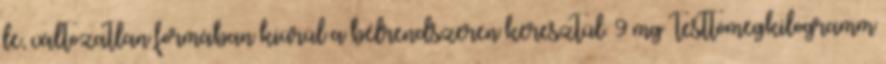
le, változatlan formában kiürül a bélrendszeren keresztül. 9 mg testtömegkilogramm